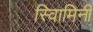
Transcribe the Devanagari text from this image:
स्वािमिनी